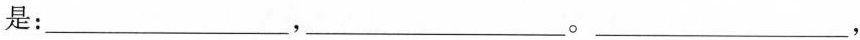
是：_______，____。_____，